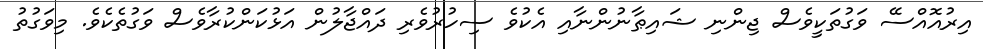
އިރުއޮއްސޭ ވަގުތަކީވެސް ޖިންނި ޝައިޠާނުންނާއި އެކުވެ ސިހުރުވެރި ދައްޖާލުން އަޅުކަންކުރާވެސް ވަގުތެކެވެ. މިވަގުތު